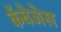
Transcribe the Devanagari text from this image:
कॅबेजेस